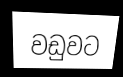
වඩුවට